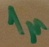
Text: 1µ